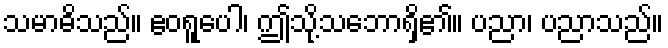
သမာဓိသည်။ ဧဝရူပေါ၊ ဤသို့သဘောရှိ၏။ ပညာ၊ ပညာသည်။